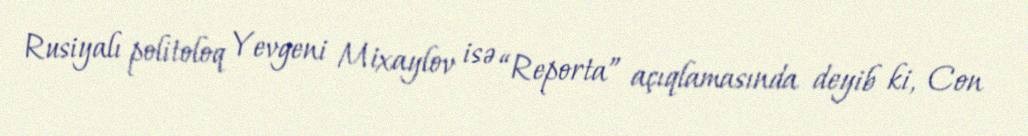
Rusiyalı politoloq Yevgeni Mixaylov isə “Reporta” açıqlamasında deyib ki, Con